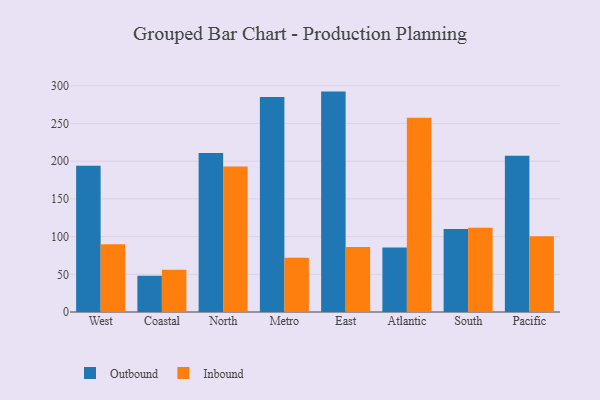
{"axis": {"x": "Region", "y": "Headcount"}, "legend": ["Inbound", "Outbound"], "data": [{"x": "West", "y": 194.1, "type": "Outbound"}, {"x": "West", "y": 89.7, "type": "Inbound"}, {"x": "Coastal", "y": 48.0, "type": "Outbound"}, {"x": "Coastal", "y": 56.0, "type": "Inbound"}, {"x": "North", "y": 210.8, "type": "Outbound"}, {"x": "North", "y": 192.8, "type": "Inbound"}, {"x": "Metro", "y": 285.3, "type": "Outbound"}, {"x": "Metro", "y": 72.0, "type": "Inbound"}, {"x": "East", "y": 292.3, "type": "Outbound"}, {"x": "East", "y": 86.3, "type": "Inbound"}, {"x": "Atlantic", "y": 85.6, "type": "Outbound"}, {"x": "Atlantic", "y": 257.6, "type": "Inbound"}, {"x": "South", "y": 110.2, "type": "Outbound"}, {"x": "South", "y": 111.6, "type": "Inbound"}, {"x": "Pacific", "y": 207.3, "type": "Outbound"}, {"x": "Pacific", "y": 100.6, "type": "Inbound"}]}